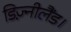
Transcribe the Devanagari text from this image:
डिज़्नीलैंड।